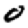
Digit: 0